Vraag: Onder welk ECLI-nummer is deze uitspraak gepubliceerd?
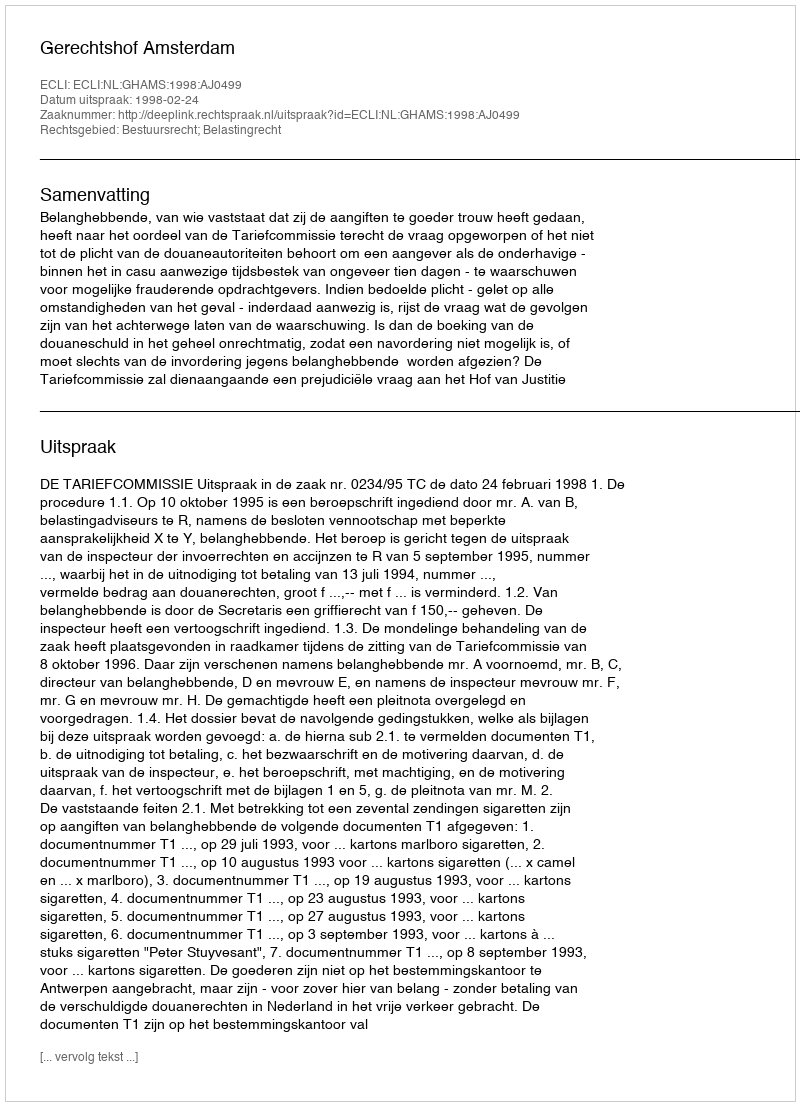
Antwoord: ECLI:NL:GHAMS:1998:AJ0499